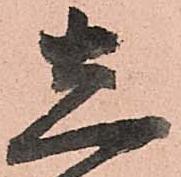
し